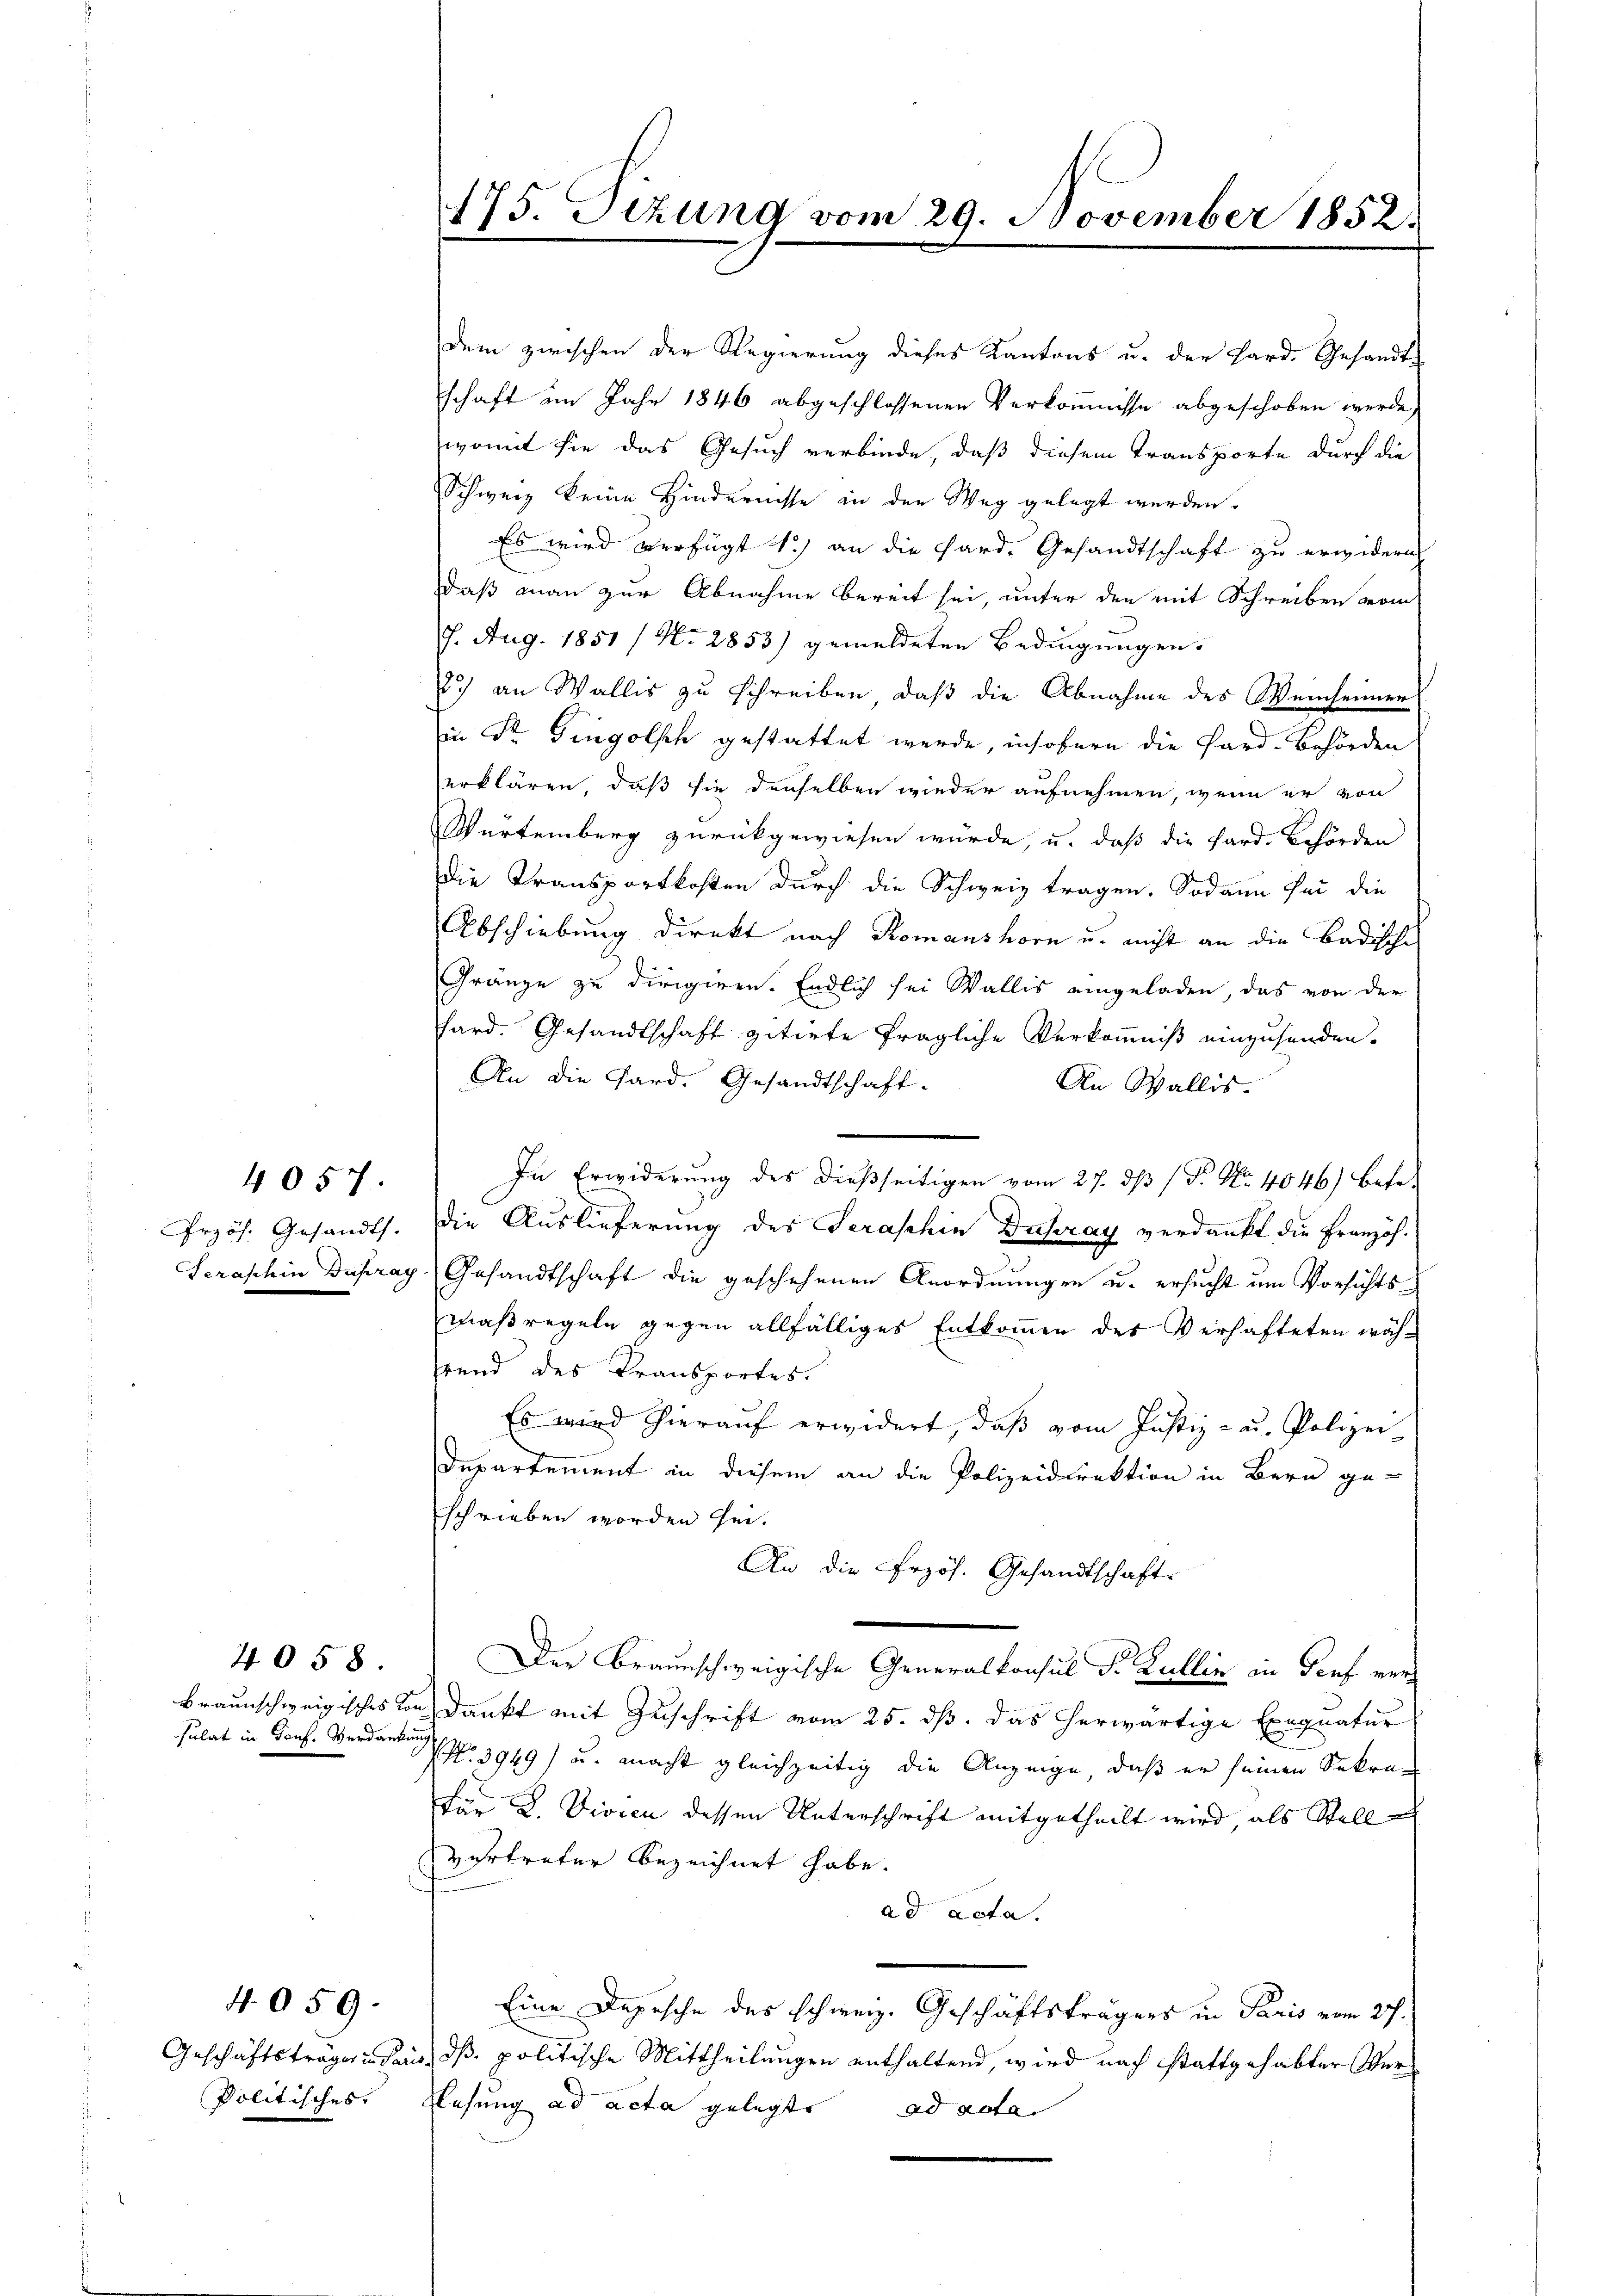
4057.

sulat in Gonf. Verdankung

4058.

4059.

dem zwischen der Regierung dieses Kantons u. der Hard. Gesandt-
schaft im Jahr 1846 abgeschlossenen Verkommnisse abgeschoben werde,
womit sie das Gesuch verbinde, daß diesem Transporte durch die
Schweiz keine Hindernisse in den Weg gelegt werden.
Es wird verfügt 1.) an die Hard. Gesandtschaft zu erwidern
daß man zur Abnahme bereit sei, unter den mit Schreiben vom
7. Aug. 1851 / N. 2853) gemeldeten Bedingungen.
c) an Wallis zu schreiben, daß die Abnahme des Weinheimer
in Sr. Gingolsch gestattet werde, insofern die Fard-Behörden
erklären, daß sie denselben wieder aufnehmen, wenn er von
Würtemberg zurückgewiesen würde, u. daß die Sard. Behörden
Die Transportkosten durch die Schweiz tragen. Sodann der die
Abschiebung direkt nach Romanshorn u. nicht an die Badische
Gränze zu dirigiren. Endlich sei Wallis eingeladen, das von der
hard. Gesandtschaft zitirte fragliche Verkommniß einzusenden.
An die Gard. Gesandtschaft-
An Wallis.
In Erwiderung des dießseitigen vom 27. ds (T. No. 4046) befe-
Przös. Gesandt. Die Auslieferung des Seraschin Dusray verdankt die Französ¬
Seraschin Dupray, Gesandtschaft die geschehenen Anordnungen u. ersucht um Vorsichts-
maßregeln gegen allfälliges Entkommen des Verhafteten wähhrend des Transportes.
Es wird hierauf erwidert, daß vom Justiz- u. Polizei
Departement in diesem an die Polizeidirektion in Bern ge-
schrieben worden sei.
An die Przös. Gesandtschaft.
Der Braunschweigische Generalkonsul Sr. Kullin in dies verbraunschweigisches von dankt mit Zuschrift vom 25. dß. das herwärtige Exequatur
No 3949) u. macht gleichzeitig die Anzeige, daß er seinen Sekre¬
Für L. Vivicu dessen Unterschrift mitgetheilt wird, als Stell
Zurtreter bezeichnet habe.
ad acta.
Eine Depesche des schweiz. Geschäftsträgers in Paris vom 27.
Geschäftsträgerich ein, dß politische Mittheilungen enthaltend, wird nach stattgehabter Ver¬
Politisches Resung ad acta gelegte
ad nota

175. Sizung vom 29. November 1852.